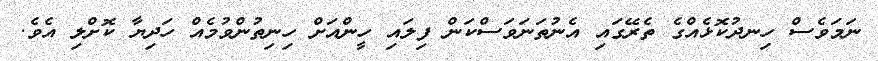
ނަމަވެސް ހިނދުކޮޅެއްގެ ތެރޭގައި އެނުތަނަވަސްކަން ފިލައި ހީންއަށް ހިނިތުންވުމެއް ހަދިޔާ ކޮށްލި އެވެ.